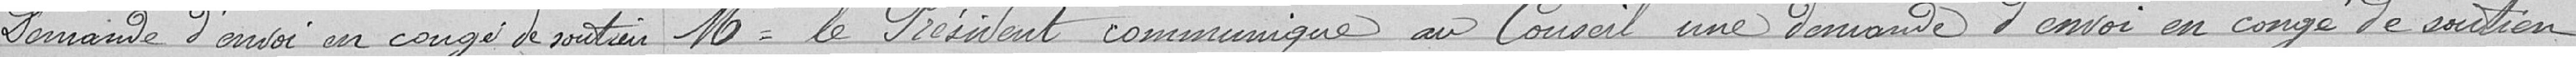
Demande d'envoi en congé de soutien   Monsieur le Président communique au Conseil une demande d'envoi en congé de soutien